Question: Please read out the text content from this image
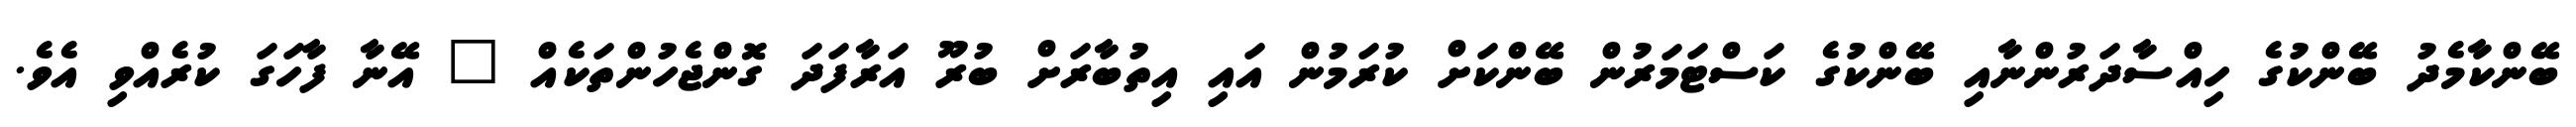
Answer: ބޭންކާމެދު ބޭންކުގެ ހިއްސާދަރުންނާއި ބޭންކުގެ ކަސްޓަމަރުން ބޭންކަށް ކުރަމުން އައި އިތުބާރަށް ބުރޫ އަރާފަދަ ގޮންޖެހުންތަކެއް " އޭނާ ފާހަގަ ކުރެއްވި އެވެ.